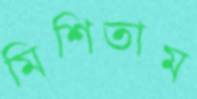
মিশিতাম